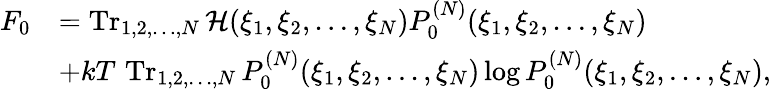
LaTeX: {\begin{array}{rl}{F_{0}}&{=\operatorname{Tr}_{1,2,\ldots,N}{\mathcal{H}}(\xi_{1},\xi_{2},\ldots,\xi_{N})P_{0}^{(N)}(\xi_{1},\xi_{2},\ldots,\xi_{N})}\\ &{+kT\, \operatorname{Tr}_{1,2,\ldots,N}P_{0}^{(N)}(\xi_{1},\xi_{2},\ldots,\xi_{N})\log P_{0}^{(N)}(\xi_{1},\xi_{2},\ldots,\xi_{N}),}\end{array}}